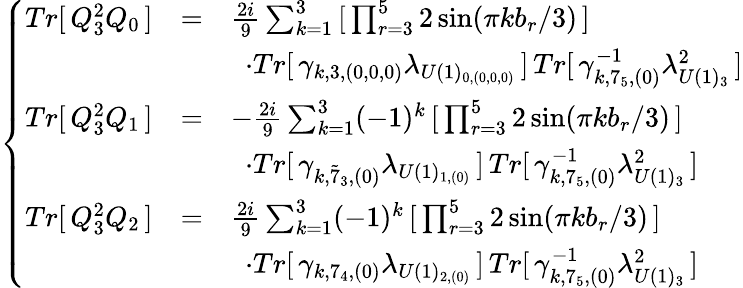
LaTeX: \left\{ \begin{array}{lll}{{Tr[\, Q_{3}^{2}Q_{0}\, ]}}&{{=}}&{{\frac{2i}{9}\sum_{k=1}^{3}\, [\, \prod_{r=3}^{5}2\sin({\pi kb_{r}}/{3})\, ]\, }}\\ {{}}&{{}}&{{\, \, \, \cdot Tr[\, \gamma_{k,3,(0,0,0)}\lambda_{U(1)_{0,(0,0,0)}}\, ]\, Tr[\, \gamma_{k,7_{5},(0)}^{-1}\lambda_{U(1)_{3}}^{2}\, ]}}\\ {{Tr[\, Q_{3}^{2}Q_{1}\, ]}}&{{=}}&{{-\frac{2i}{9}\sum_{k=1}^{3}(-1)^{k}\, [\, \prod_{r=3}^{5}2\sin({\pi kb_{r}}/{3})\, ]\, }}\\ {{}}&{{}}&{{\, \, \, \cdot Tr[\, \gamma_{k,{\tilde{7}}_{3},(0)}\lambda_{U(1)_{1,(0)}}\, ]\, Tr[\, \gamma_{k,7_{5},(0)}^{-1}\lambda_{U(1)_{3}}^{2}\, ]}}\\ {{Tr[\, Q_{3}^{2}Q_{2}\, ]}}&{{=}}&{{\frac{2i}{9}\sum_{k=1}^{3}(-1)^{k}\, [\, \prod_{r=3}^{5}2\sin({\pi kb_{r}}/{3})\, ]\, }}\\ {{}}&{{}}&{{\, \, \, \cdot Tr[\, \gamma_{k,7_{4},(0)}\lambda_{U(1)_{2,(0)}}\, ]\, Tr[\, \gamma_{k,7_{5},(0)}^{-1}\lambda_{U(1)_{3}}^{2}\, ]}}\end{array}\right.